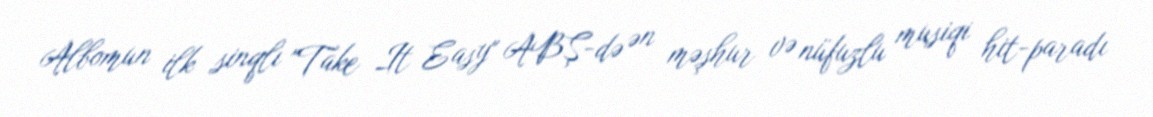
Albomun ilk sinqlı "Take It Easy" ABŞ-də ən məşhur və nüfuzlu musiqi hit-paradı